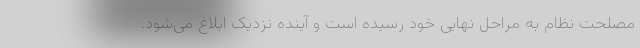
مصلحت نظام به مراحل نهایی خود رسیده است و آینده نزدیک ابلاغ می‌شود.